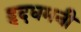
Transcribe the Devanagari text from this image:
हृदधमनी